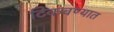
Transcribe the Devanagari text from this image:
टिकवण्यात